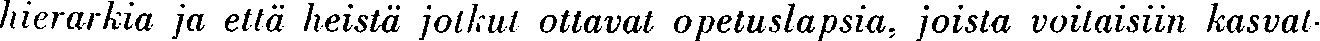
hierarkia ja että heistä jotkut ottavat opetuslapsia, joista voitaisiin kasvat-